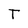
Character: T